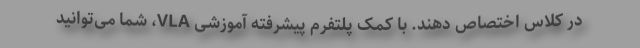
در کلاس اختصاص دهند. با کمک پلتفرم پیشرفته آموزشی VLA، شما می‌توانید